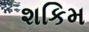
શકિમ